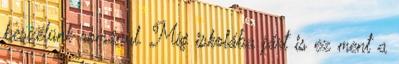
beszélünk románul. Míg iskolába járt is ez ment a